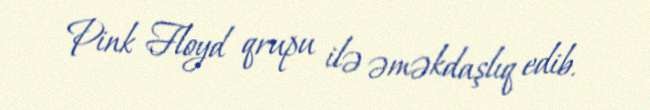
Pink Floyd qrupu ilə əməkdaşlıq edib.